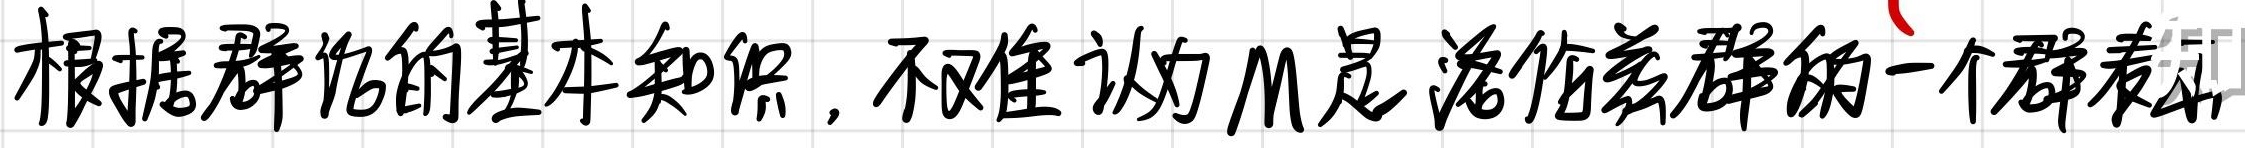
根据群论的基本知识，不难认为$\mathcal{M}$是洛伦兹群的一个群表示。